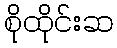
စိုထိုင်းဆ